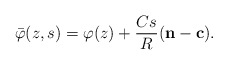
\begin{align*}\bar{\varphi}(z, s) = \varphi(z) + \frac{Cs}{R}(\mathbf{n} - \mathbf{c}).\end{align*}